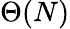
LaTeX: \Theta(N)